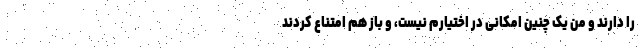
را دارند و من یک چنین امکانی در اختیارم نیست، و باز هم امتناع کردند